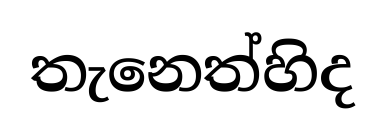
තැනෙත්හිද